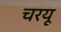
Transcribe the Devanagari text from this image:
चरयू